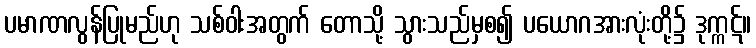
ပမာဏလွန်ပြုမည်ဟု သစ်ဝါးအတွက် တောသို့ သွားသည်မှစ၍ ပယောဂအားလုံးတို့၌ ဒုက္ကဋ်။